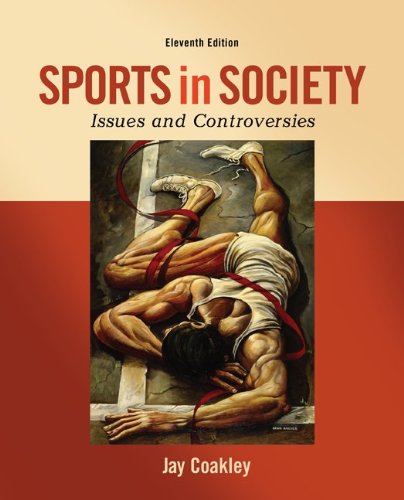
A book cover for Sports in Society: Issues and Controversies; Jay Coakley; Humor & Entertainment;